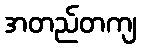
အတည်တကျ